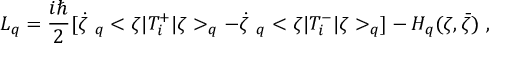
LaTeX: L _ { q } = \frac { i \hbar } { 2 } [ \dot { \zeta } \ _ { q } < \zeta | T _ { i } ^ { + } | \zeta > _ { q } - \dot { \zeta } \ _ { q } < \zeta | T _ { i } ^ { - } | \zeta > _ { q } ] - { \cal H } _ { q } ( \zeta , \bar { \zeta } ) \ ,